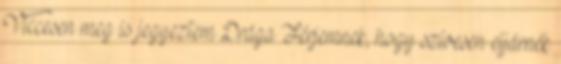
Viccesen meg is jegyeztem Drága Férjemnek, hogy szívesen eljárnék